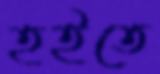
হইতে